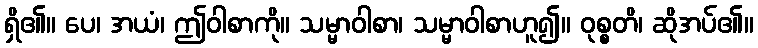
ရှိ၏။ ပေ၊ အယံ၊ ဤဝါစာကို။ သမ္မာဝါစာ၊ သမ္မာဝါစာဟူ၍။ ဝုစ္စတိ၊ ဆိုအပ်၏။